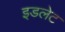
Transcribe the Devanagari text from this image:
इडलेट